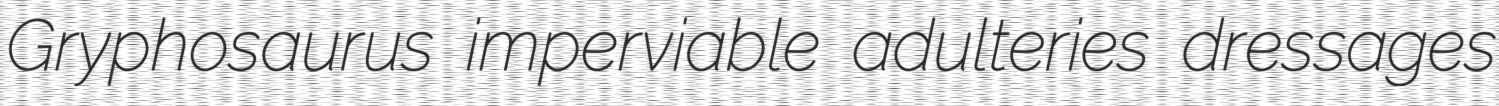
Gryphosaurus imperviable adulteries dressages